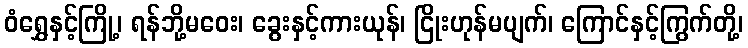
ဝံရွှေနှင့်ကြို့၊ ရန်ဘို့မဝေး၊ ခွေးနှင့်ကားယုန်၊ ငြိုးဟုန်မပျက်၊ ကြောင်နှင့်ကြွက်တို့၊